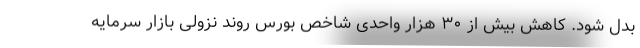
بدل شود. کاهش بیش از ۳۰ هزار واحدی شاخص بورس روند نزولی بازار سرمایه